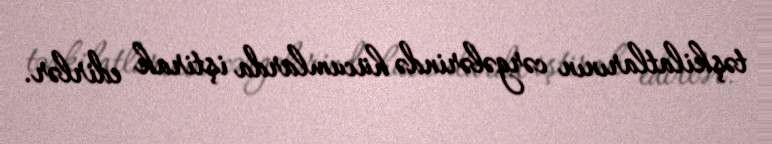
təşkilatlarının cərgələrində hücumlarda iştirak edirlər.